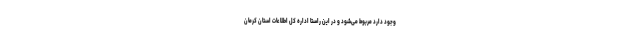
وجود دارد مربوط می‌شود و در این راستا اداره کل اطلاعات استان کرمان